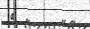
٦